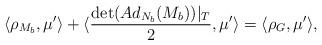
LaTeX: \begin{align*}\langle \rho_{M_b}, \mu' \rangle+\langle \frac{\det(Ad_{N_b}(M_b))|_T}{2}, \mu' \rangle= \langle \rho_G, \mu' \rangle,\end{align*}